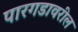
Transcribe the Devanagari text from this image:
पारगडावरील